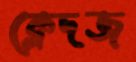
ক্লেদজ